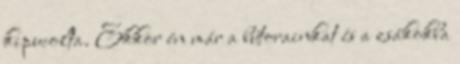
kipucolta. Ekkor én már a bútorainkat és a zsákokba